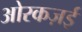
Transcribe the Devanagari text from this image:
ओरकज़ई